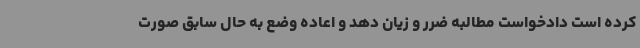
کرده است دادخواست مطالبه ضرر و زیان دهد و اعاده وضع به حال سابق صورت